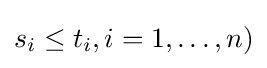
s_{i}\leq t_{i},i=1,\ldots ,n)